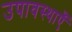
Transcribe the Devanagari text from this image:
उपावस्थाएँ